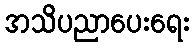
အသိပညာပေးရေး